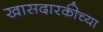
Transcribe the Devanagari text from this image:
खासदारकीच्या